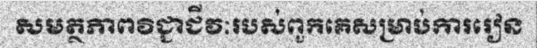
សមត្ថភាពវិជ្ជាជីវៈរបស់ពួកគេសម្រាប់ការរៀន